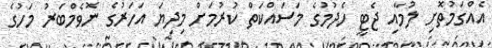
އެއްގަމުތޮށި ލުމާއި ޖެޓީ ހެދުމުގެ މަސައްކަތް ކުރުމަށް މިިދިޔަ އަހަރުގެ ނޮވެމްބަރު މަހުގެ